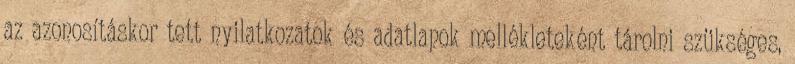
az azonosításkor tett nyilatkozatok és adatlapok mellékleteként tárolni szükséges,